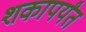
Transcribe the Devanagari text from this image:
शकापर्यंत